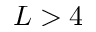
L > 4